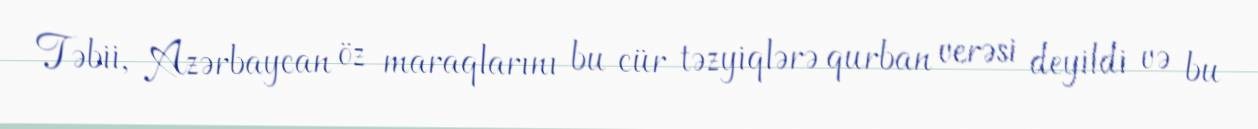
Təbii, Azərbaycan öz maraqlarını bu cür təzyiqlərə qurban verəsi deyildi və bu